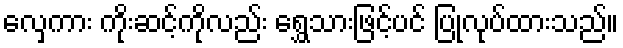
လှေကား ကိုးဆင့်ကိုလည်း ရွှေသားဖြင့်ပင် ပြုလုပ်ထားသည်။